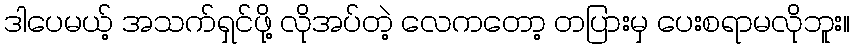
ဒါပေမယ့် အသက်ရှင်ဖို့ လိုအပ်တဲ့ လေကတော့ တပြားမှ ပေးစရာမလိုဘူး။